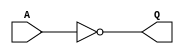
`timescale 1ns/1ps

module INV1_H ( A, Q );
parameter delay = 5;
input A;
output Q;
  assign #delay Q = !A;
endmodule


module INV10_H ( A, Q );
parameter delay = 5;
input A;
output Q;
  assign #delay Q = !A;
endmodule


module BUF4_H ( A, Q ); 
parameter delay = 5;
input A;
output Q;
  assign #delay Q = A;
endmodule


module TIE0_H ( Q ); 
parameter delay = 5;
output Q;
  assign Q = 0;
endmodule


module TIE1_H ( Q ); 
parameter delay = 5;
output Q;
  assign Q = 1;
endmodule


module XNR21_H ( A, B, Q ); 
parameter delay = 5;
input A;
input B;
output Q;
  assign #delay Q = ! ( A ^ B );
endmodule


module XOR21_H ( A, B, Q ); 
parameter delay = 5;
input A;
input B;
output Q;
  assign #delay Q = ( A ^ B );
endmodule


module NAND21_H ( A, B, Q ); 
parameter delay = 5;
input A;
input B;
output Q;
  assign #delay Q = ! ( A && B );
endmodule


module NAND31_H ( A, B, C, Q ); 
parameter delay = 5;
input A;
input B;
input C;
output Q;
  assign #delay Q = ! ( A && B && C );
endmodule


module NAND41_H ( A, B, C, D, Q ); 
parameter delay = 5;
input A;
input B;
input C;
input D;
output Q;
  assign #delay Q = ! ( A && B && C && D );
endmodule


module NOR21_H ( A, B, Q ); 
parameter delay = 5;
input A;
input B;
output Q;
  assign #delay Q = ! ( A || B );
endmodule


module NOR31_H ( A, B, C, Q ); 
parameter delay = 5;

input A;
input B;
input C;
output Q;
  assign #delay Q = ! ( A || B || C );
endmodule


module NOR41_H ( A, B, C, D, Q ); 
parameter delay = 5;
input A;
input B;
input C;
input D;
output Q;
  assign #delay Q = ! ( A || B || C || D );
endmodule


module DFC1_H ( D, C, RN, Q, QN );
parameter delay = 5;
input D, C, RN;
output Q, QN;
reg Q, QN;
always @(posedge C or negedge RN)
  if ( ! RN )
    begin
      Q <= #delay 0;
      QN <= #delay 1;
    end
  else
    begin
      Q <= #delay D;
      QN <= #delay !D;
    end
endmodule


module MUX21_H ( A, B, S, Q ); 
parameter delay = 5;
input A;
input B;
input S;
output Q;
  assign Q = (B && S) || (A && (! S));
endmodule